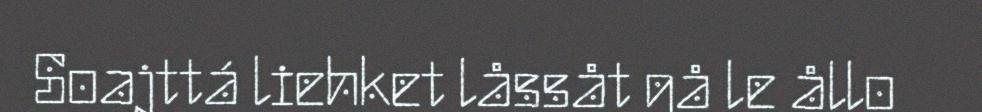
Soajttá liehket låssåt gå le ållo